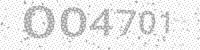
Solution: 004701